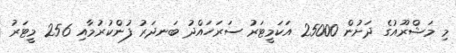
މި މަޝްރޫއުގެ ދަށުން 25000 އަކަމީޓަރު ސަރަހައްދު ބަނދަރު ފުންކުރުމާއި 256 މީޓަރު